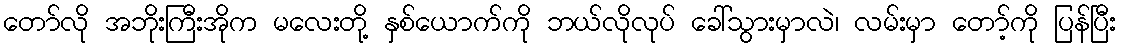
တော်လို အဘိုးကြီးအိုက မလေးတို့ နှစ်ယောက်ကို ဘယ်လိုလုပ် ခေါ်သွားမှာလဲ၊ လမ်းမှာ တော့်ကို ပြန်ပြီး